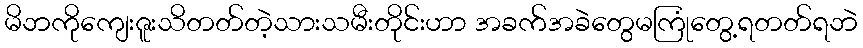
မိဘကိုကျေးဇူးသိတတ်တဲ့သားသမီးတိုင်းဟာ အခက်အခဲတွေမကြုံတွေ့ရတတ်ရဘဲ